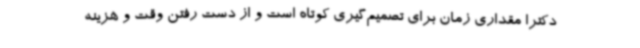
دکترا مقداری زمان برای تصمیم‌گیری کوتاه است و از دست رفتن وقت و هزینه